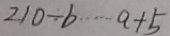
2 1 0 \div b \cdots a + 5